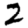
Digit: 2